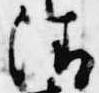
清